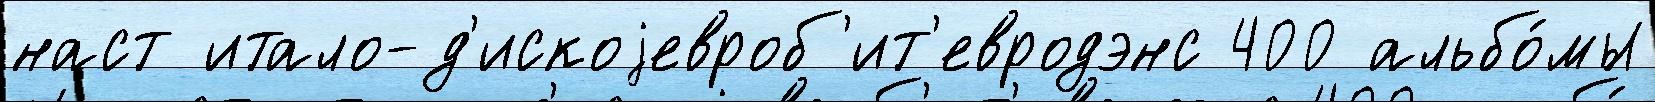
наст итало-д'искоjевроб'ит'евродэнс 400 альбо́мы